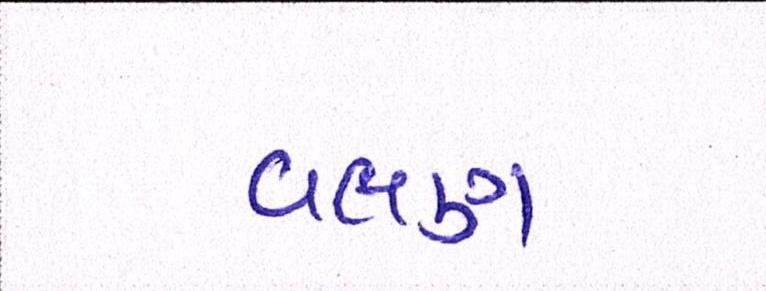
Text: વલણ